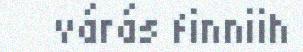
várás finniih